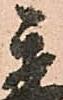
秀